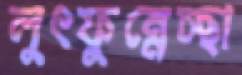
লুৎফুন্নেচ্ছা